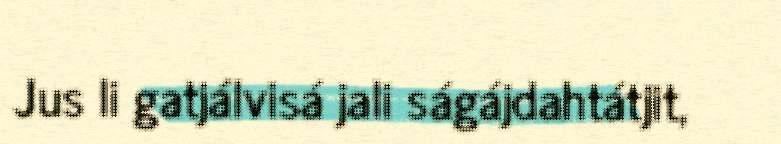
Jus li gatjálvisá jali ságájdahtátjit,